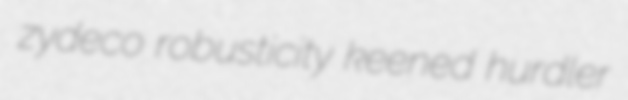
zydeco robusticity keened hurdler